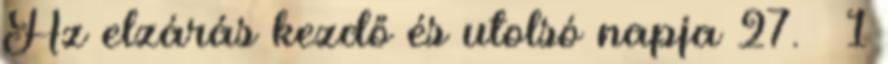
Az elzárás kezdő és utolsó napja 27. § 1